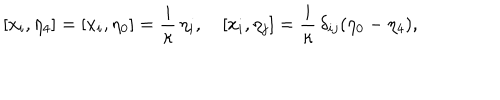
LaTeX: [ x _ { i } , \eta _ { 4 } ] = [ x _ { i } , \eta _ { 0 } ] = \frac { i } \kappa \, \eta _ { i } , \quad [ x _ { i } , \eta _ { j } ] = \frac { i } \kappa \, \delta _ { i j } ( \eta _ { 0 } - \eta _ { 4 } ) ,